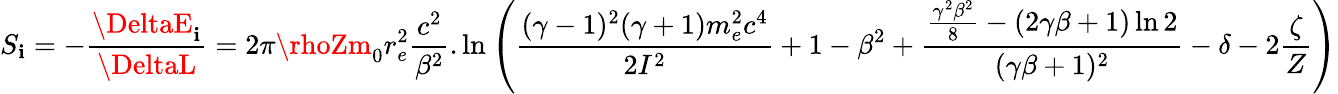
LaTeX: S_{\mathbf{i}}=-\frac{{\DeltaE_{\mathbf{i}}}}{{\DeltaL}}=2\pi\rhoZm_{0}r_{e}^{2}\frac{{c^{2}}}{{\beta^{2}}}.\ln\left(\frac{{(\gamma-1)^{2}(\gamma+1)m_{e}^{2}c^{4}}}{{2I^{2}}}+1-\beta^{2}+\frac{{\frac{{\gamma^{2}\beta^{2}}}{{8}}-(2\gamma\beta+1)\ln2}}{{(\gamma\beta+1)^{2}}}-\delta-2\frac{{\zeta}}{{Z}}\right)